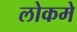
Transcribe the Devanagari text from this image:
लोकमे